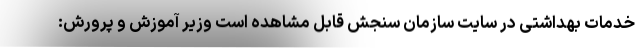
خدمات بهداشتی در سایت سازمان سنجش قابل مشاهده است وزیر آموزش و پرورش: